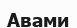
Авами